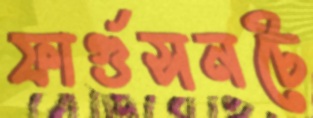
ফার্গুসনটে